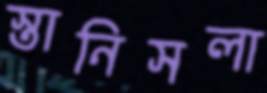
স্তানিসলা